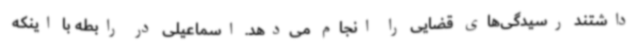
داشتند رسیدگی‌های قضایی را انجام می‌دهد. اسماعیلی در رابطه با اینکه